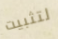
لتثبيت